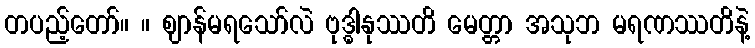
တပည့်တော်။ ။ ဈာန်မရသော်လဲ ဗုဒ္ဓါနုဿတိ မေတ္တာ အသုဘ မရဏဿတိနဲ့